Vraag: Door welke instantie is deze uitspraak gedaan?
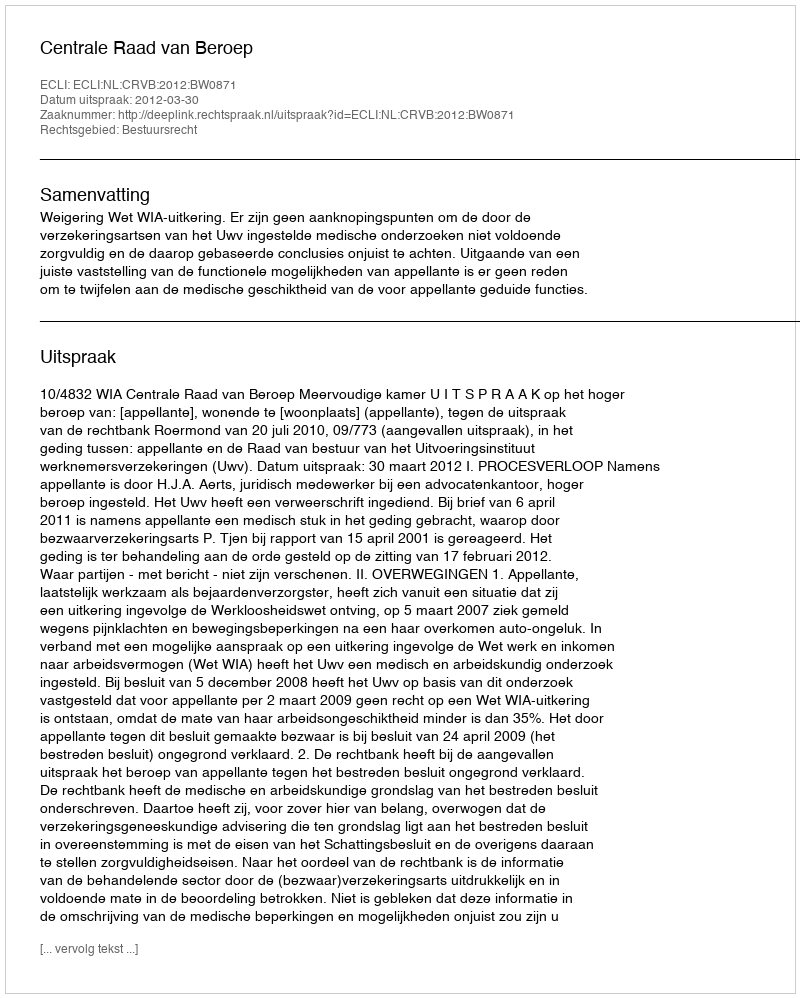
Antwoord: Centrale Raad van Beroep